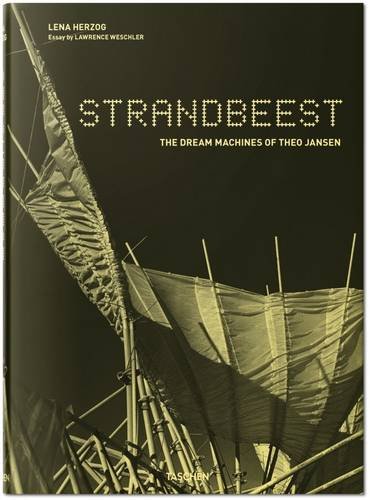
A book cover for Strandbeest: The Dream Machines of Theo Jansen; Arts & Photography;